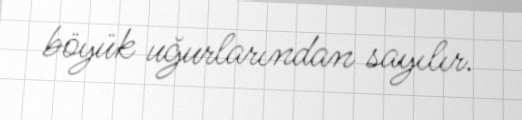
böyük uğurlarından sayılır.